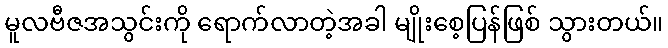
မူလဗီဇအသွင်းကို ရောက်လာတဲ့အခါ မျိုးစေ့ပြန်ဖြစ် သွားတယ်။